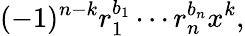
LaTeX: (-1)^{n-k}r_{1}^{b_{1}}\cdots r_{n}^{b_{n}}x^{k},